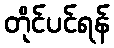
တိုင်ပင်ရန်